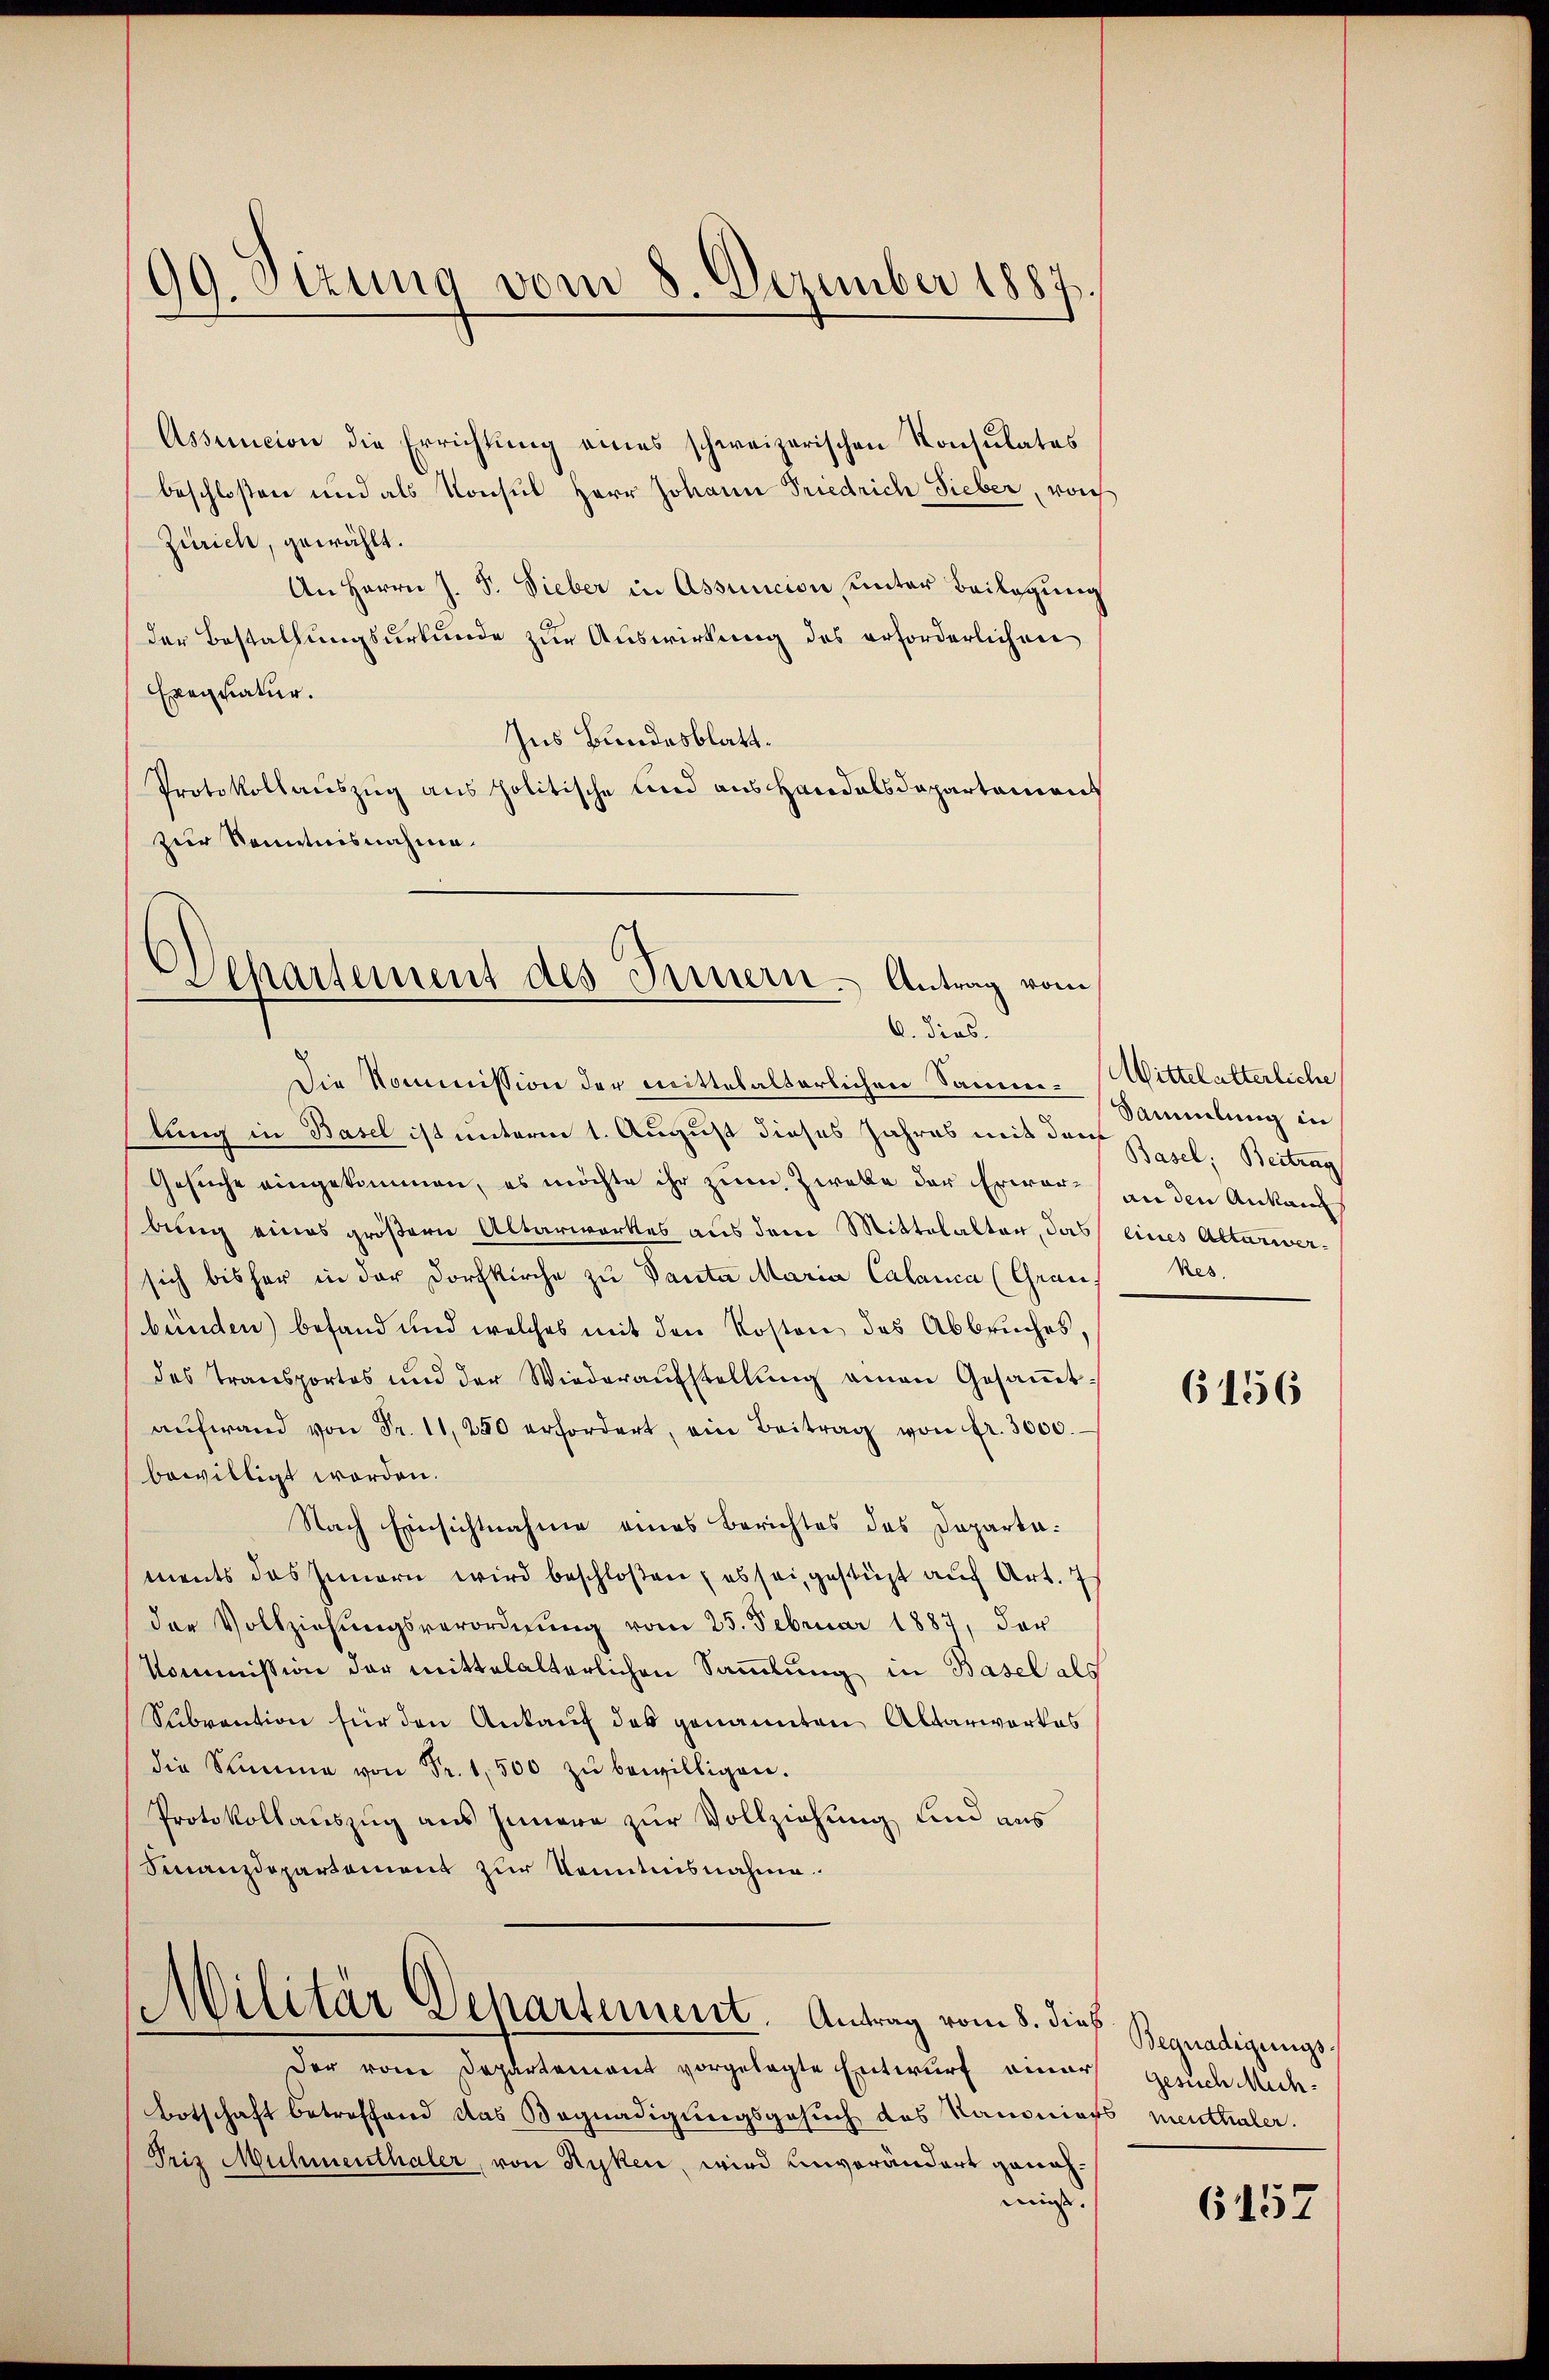
99. Sizung vom 8. Dezember 1887.

Assencion die Errichtung eines schweizerischen Konsulates
beschloßen und als Konsul Herr Johann Friedrich Sieber, von
Zürich, gewählt.
An Herrn J. J. Sieber in Assincion unter Beilagung
der Bestallungsurkunde zur Auswirkung des erforderlichen
Exequatur.
Ins Bundesblatt¬
Protokollauszug aus politische und aus Handelsdepartament
zur Kenntnisnahme.

Departement des Innern. Antrag vom
6. dies.

Die Kommission der mittelalterlichen Sammlung in Basel ist unterm 1. August dieses Jahres mit der Basel. Beitrag
Gesuche eingekommen, es möchte ihr zum Zweke der Erwarbung eines größern Altarwerkes aus dem Mittelalter, das eines Altarwersich bisher in der Dorfkirche zŭ Panta Maria Calanca (Graus Res.
bünden) befand und welches mit den Kosten des Abbruches,
des Transportes und der Wiederaufstellung einen Gesammtaŭfwand von Fr. 11, 250 erfordert, ein Beitrag von fr. 3000.
bewilligt worden.
Nach Einsichtnahme eines Berichtes des Departaments das Innern wird beschloßen, es sei, gestüzt auf Art. 7
der Vollziehŭngsverordnŭng vom 25. Februar 1887, der
Kommission der mittelalterlichen Sammlung in Basel als
Subvention für den Ankauf des genannten Altarwortes
die Summe von Fr. 1,500 zŭ bewilligen.
Protokollauszug aus Innere zur Vollziehung und aus
Finanzdepartement zur Kenntnisnahme
Militär Departement. Antrag vom 8. dieß
der von Departement vorgelegte Entwurf einer gesuch Mich¬
Botschaft betreffend das Begnadigungsgesuch des Kanoniers menthaler.
Friz Muhmenthaler, von Ryken, wird unverändert genahmis.

(Mittelalterliche
Sammlung in
an den Ankauf

6156

Begnadigungs¬

6157